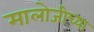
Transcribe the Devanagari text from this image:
मालोजीच्या